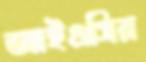
আইএসির